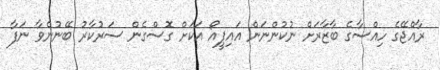
ރާއްޖޭގެ ހިއްސާގެ ބާޒާރަށް ނުކުންނަން އައިޕީއޯ އަކަށް ގޮސްގެން ސަރުކާރު ބޭނުންވާ ނަފާ